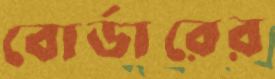
বোর্ডারের